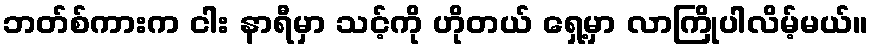
ဘတ်စ်ကားက ငါး နာရီမှာ သင့်ကို ဟိုတယ် ရှေ့မှာ လာကြိုပါလိမ့်မယ်။